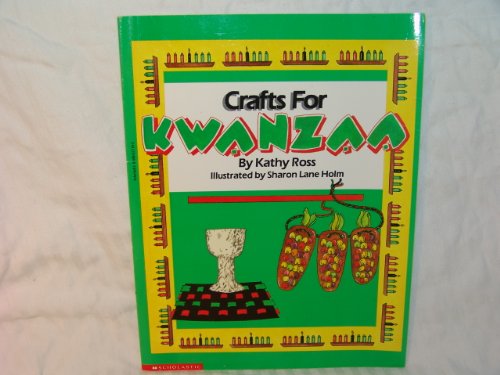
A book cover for Crafts for Kwanzaa (Holiday crafts for kids); Kathy Ross; Children's Books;